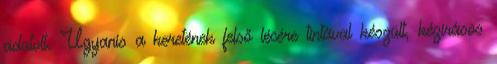
adatolt. Ugyanis a keretének felső lécére tintával készült, kézírásos